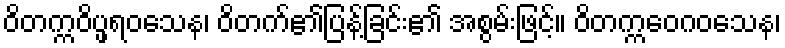
ဝိတက္ကဝိပ္ဖရဝသေန၊ ဝိတက်၏ပြန့်ခြင်း၏ အစွမ်းဖြင့်။ ဝိတက္ကဝေဂဝသေန၊